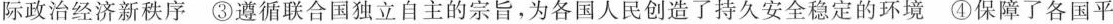
际政治经济新秩序③遵循联合国独立自主的宗旨，为各国人民创造了持久安全稳定的环境④保障了各国平